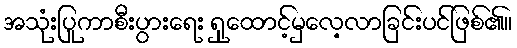
အသုံးပြုကာစီးပွားရေး ရှုထောင့်မှလေ့လာခြင်းပင်ဖြစ်၏။